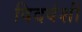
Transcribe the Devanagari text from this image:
विदवंशी